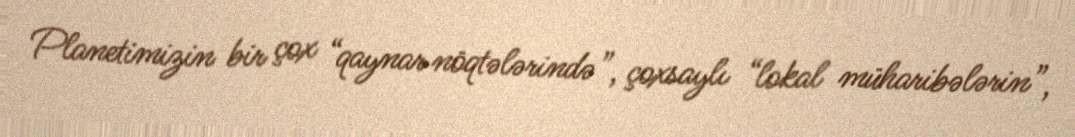
Planetimizin bir çox “qaynar nöqtələrində”, çoxsaylı “lokal müharibələrin”,